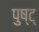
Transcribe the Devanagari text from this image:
पुष्ट्